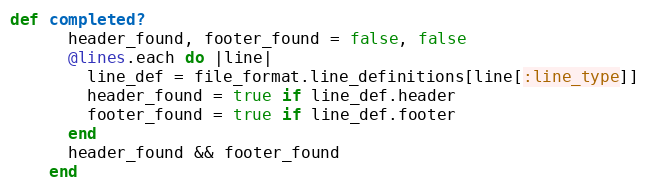
Language: Ruby
def completed?
      header_found, footer_found = false, false
      @lines.each do |line|
        line_def = file_format.line_definitions[line[:line_type]]
        header_found = true if line_def.header
        footer_found = true if line_def.footer
      end
      header_found && footer_found
    end